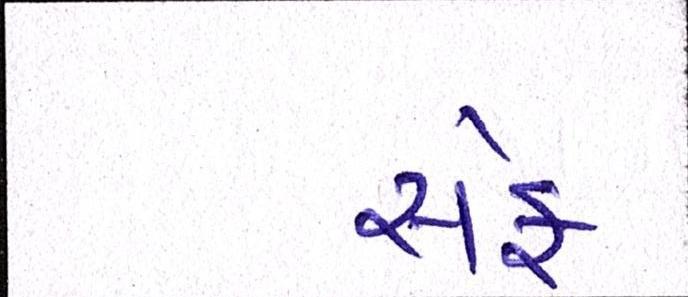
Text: સેફ